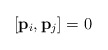
\begin{align*}[{\bf{p}}_i,{\bf{p}}_j] = 0 \end{align*}